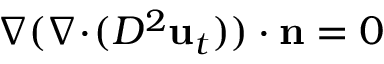
\nabla ( \nabla \! \cdot \! ( D ^ { 2 } \mathbf { u } _ { t } ) ) \cdot \mathbf { n } = 0